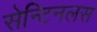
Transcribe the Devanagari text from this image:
सेन्टिनलस